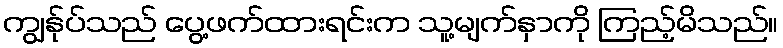
ကျွန်ုပ်သည် ပွေ့ဖက်ထားရင်းက သူ့မျက်နှာကို ကြည့်မိသည်။